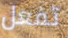
تفعل